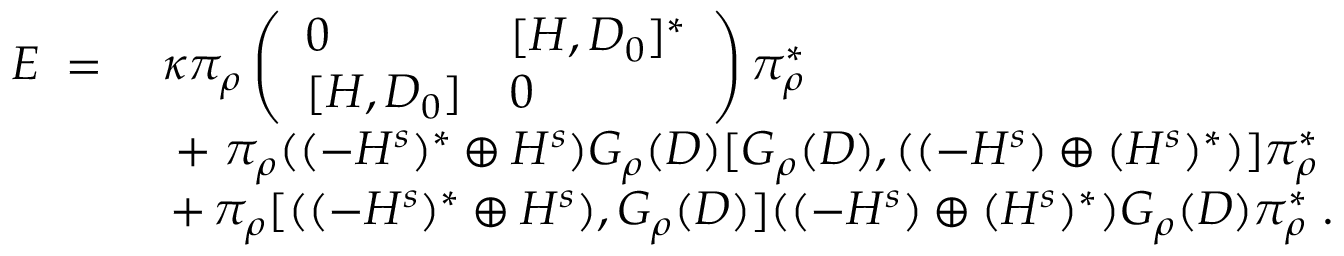
\begin{array} { r l } { E \; = \; } & { \kappa \pi _ { \rho } \left( \begin{array} { l l } { 0 } & { [ H , D _ { 0 } ] ^ { * } } \\ { [ H , D _ { 0 } ] } & { 0 } \end{array} \right) \pi _ { \rho } ^ { * } } \\ & { \; + \; \pi _ { \rho } ( ( - H ^ { s } ) ^ { * } \oplus H ^ { s } ) G _ { \rho } ( D ) [ G _ { \rho } ( D ) , ( ( - H ^ { s } ) \oplus ( H ^ { s } ) ^ { * } ) ] \pi _ { \rho } ^ { * } } \\ & { \, + \, \pi _ { \rho } [ ( ( - H ^ { s } ) ^ { * } \oplus H ^ { s } ) , G _ { \rho } ( D ) ] ( ( - H ^ { s } ) \oplus ( H ^ { s } ) ^ { * } ) G _ { \rho } ( D ) \pi _ { \rho } ^ { * } \; . } \end{array}